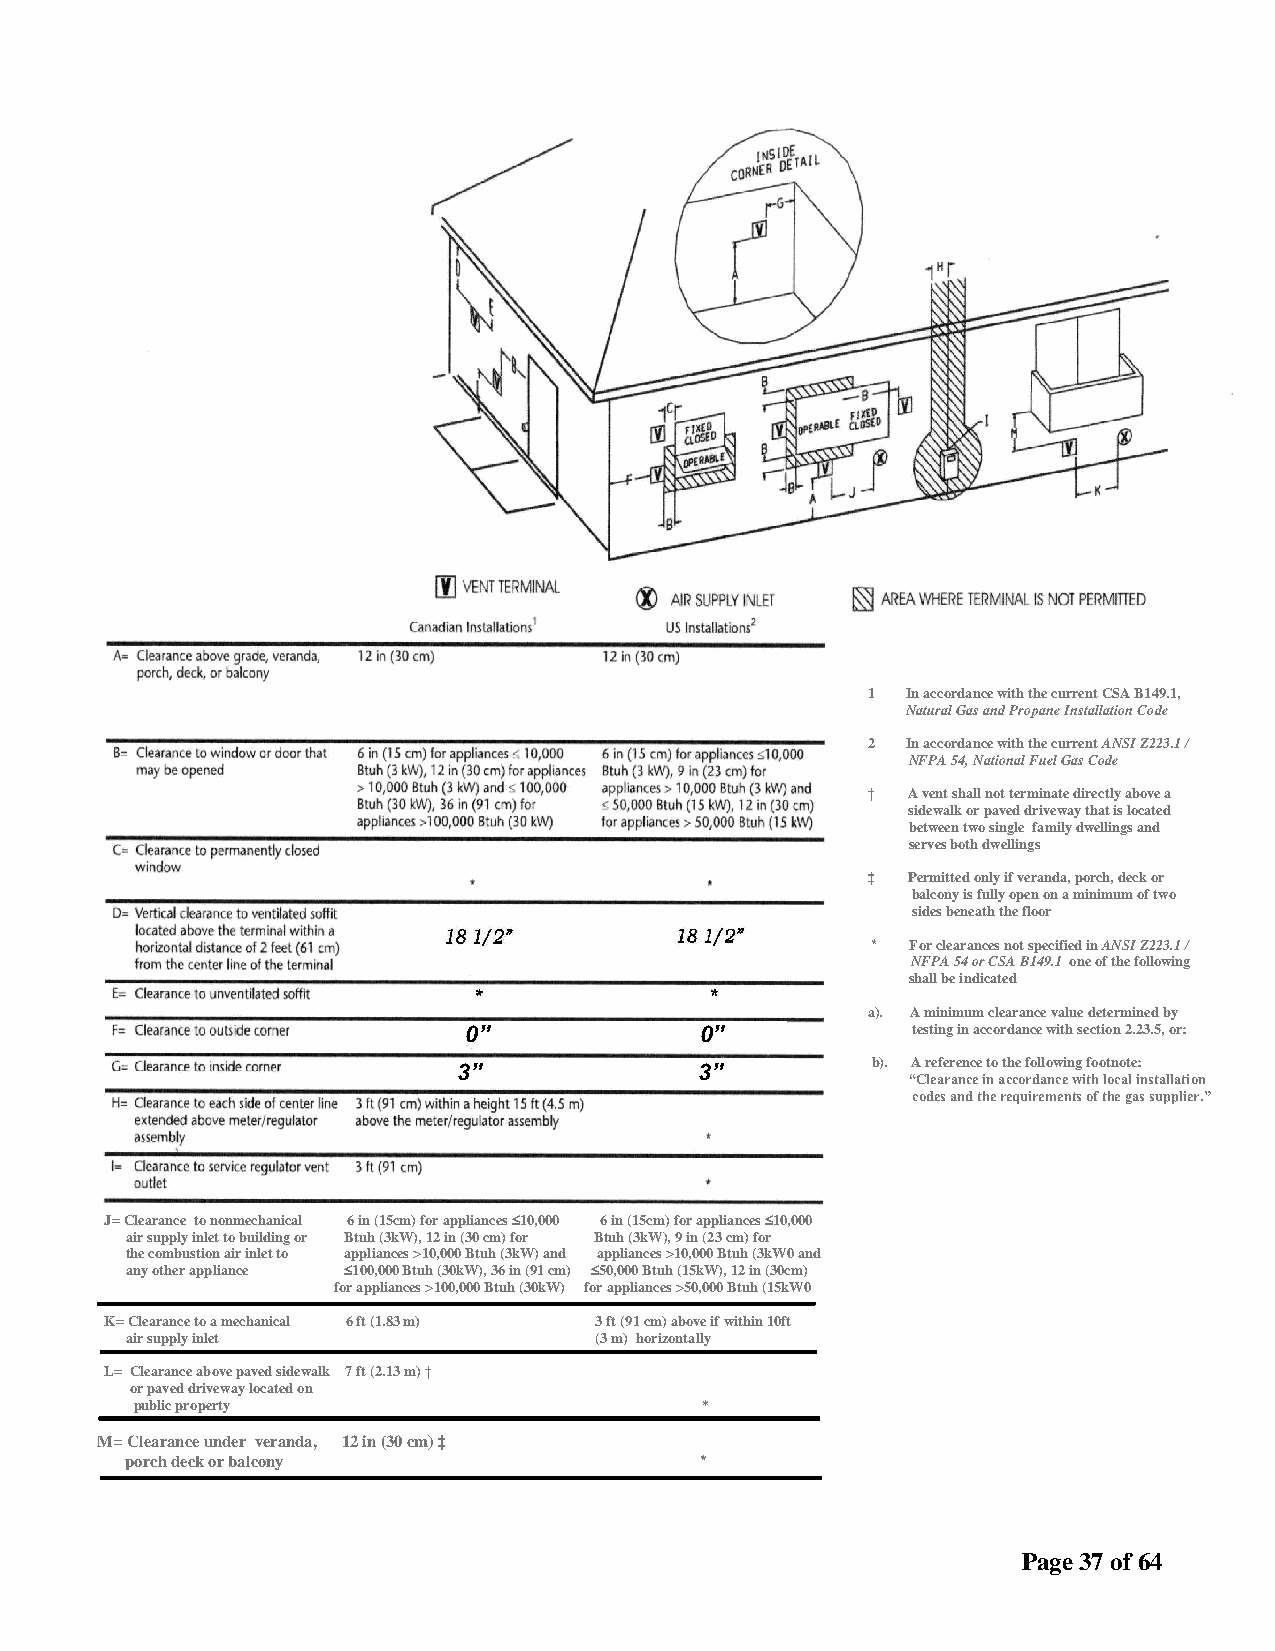
1  In accordance with the current CSA B149.1,
 Natural Gas and Propane Installation Code
 2  In accordance with the current ANSI Z223.1 /
 NFPA 54, National Fuel Gas Code
 †  A vent shall not terminate directly above a
 sidewalk or paved driveway that is located
 between two single family dwellings and
 serves both dwellings
 ‡  Permitted only if veranda, porch, deck or
 balcony is fully open on a minimum of two
 sides beneath the floor
 * For clearances not specified in ANSI Z223.1 /
 NFPA 54 or CSA B149.1 one of the following
 shall be indicated
 a). A minimum clearance value determined by
 0”             0”            testing in accordance with section 2.23.5, or:
 3”              3”          b). A reference to the following footnote:
 “Clearance in accordance with local installation
 codes and the requirements of the gas supplier.”
 J= Clearance to nonmechanical 6 in (15cm) for appliances ≤10,000 6 in (15cm) for appliances ≤10,000
 air supply inlet to building or Btuh (3kW), 12 in (30 cm) for Btuh (3kW), 9 in (23 cm) for
 the combustion air inlet to appliances >10,000 Btuh (3kW) and appliances >10,000 Btuh (3kW0 and
 any other appliance ≤100,000 Btuh (30kW), 36 in (91 cm) ≤50,000 Btuh (15kW), 12 in (30cm)
 for appliances >100,000 Btuh (30kW) for appliances >50,000 Btuh (15kW0
 K= Clearance to a mechanical 6 ft (1.83 m) 3 ft (91 cm) above if within 10ft
 air supply inlet               (3 m) horizontally
 L= Clearance above paved sidewalk 7 ft (2.13 m) †
 or paved driveway located on
 public property                      *
 M= Clearance under veranda, 12 in (30 cm) ‡
 porch deck or balcony                 *
 Page 37 of 64